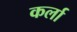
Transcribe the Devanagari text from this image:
कर्ला